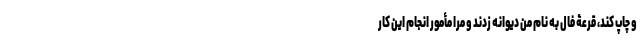
و چاپ کند، قرعۀ فال به نام من دیوانه زدند و مرا مأمور انجام این کار